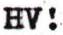
HV!